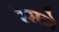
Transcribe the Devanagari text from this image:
रेंसने